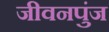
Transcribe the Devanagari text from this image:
जीवनपुंज